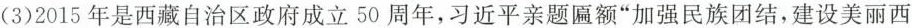
(3)2015年是西藏自治区政府成立50周年，习近平亲题匾额”加强民族团结，建设美丽西